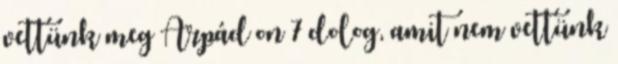
vettünk meg Árpád on 7 dolog, amit nem vettünk